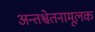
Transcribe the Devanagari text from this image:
अन्तश्चेतनामूलक